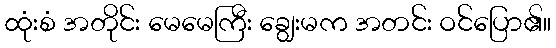
ထုံးစံ အတိုင်း မေမေကြီး ချွေးမက အတင်း ဝင်ပြော၏။